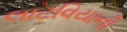
લાટવિયાની